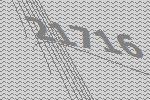
21716